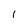
Character: 1